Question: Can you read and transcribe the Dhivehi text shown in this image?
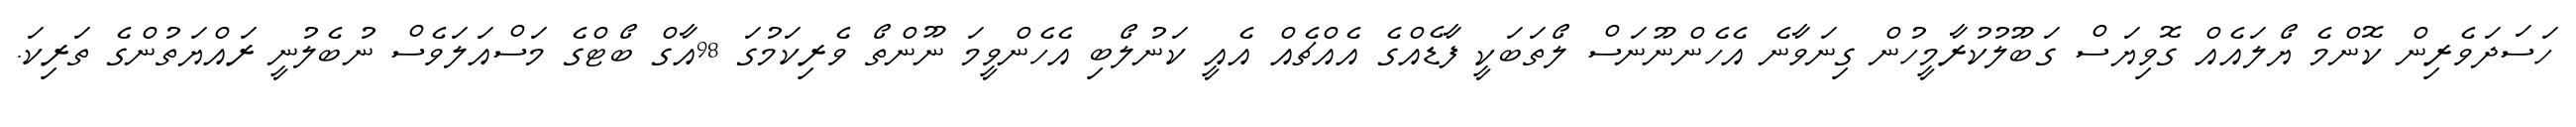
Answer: ހަސަދަވެރިން ކޮންމެ ޔޯލައެއް ގޮވިޔަސް ގަބޫލުކުރާމީހުން ގިނަވާނެ އެހެންނޫނަސް ލޯތަބަކީ ފާޑެއްގެ އެއްޗެއް އެއީ ކަނުލޯބި އެހެންވީމަ ނޫންތޯ ވެރިކަމުގަ 98އާގް ބޯޓްގެ މަސްއަލަވެސް ނުބެލުނީ ރައްޔަތުންގެ ތަރިކަ.